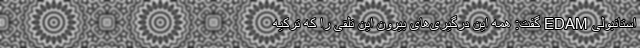
استانبولی EDAM گفت: همه این درگیری‌های بیرون این تلقی را که ترکیه